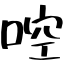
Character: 啌